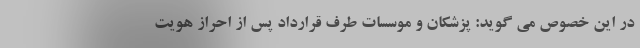
در این خصوص می گوید: پزشکان و موسسات طرف قرارداد پس از احراز هویت